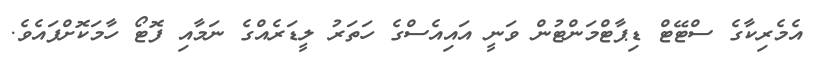
އެމެރިކާގެ ސްޓޭޓް ޑިޕާޓްމަންޓުން ވަނީ އައިއެސްގެ ހަތަރު ލީޑަރެއްގެ ނަމާއި ފޮޓޯ ހާމަކޮށްފައެވެ.